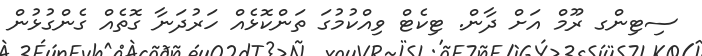
ސިޓިންގ ރޫމް އަށް ދާން. ޓިކެޓް ވިއްކުމުގަ ތަންކޮޅެއް ހަރުދަނާ ގޮތެއް ގެންގުޅުން